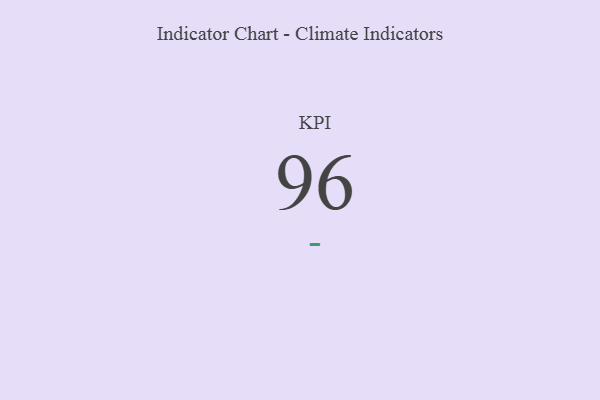
{"axis": {"x": "KPI", "y": "Value"}, "legend": [""], "data": [{"x": "KPI", "y": 96, "type": ""}]}